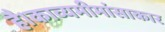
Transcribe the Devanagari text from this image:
है।काव्यमीमांसाकार